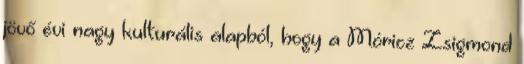
jövő évi nagy kulturális alapból, hogy a Móricz Zsigmond